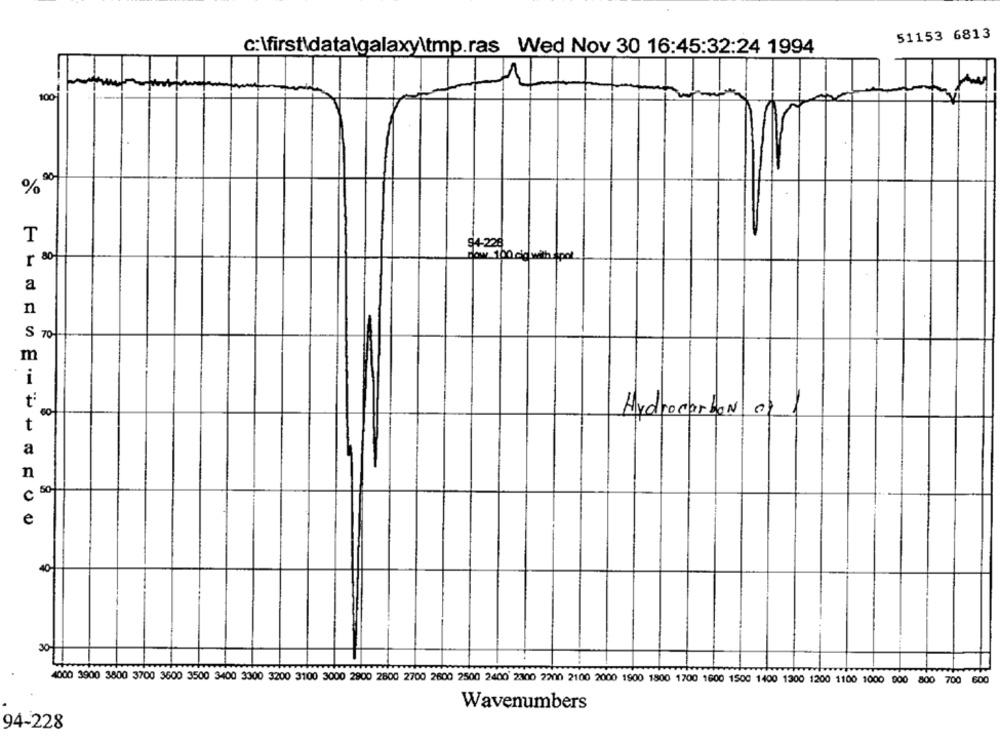
51153 6813
c:\first data\galaxy\tmp.ras Wed Nov 30 16:45:32:24 1994
100
%
T
94-226
r 80-
dow 100 cid with Apol
a
n
S 70-
m
i
ť
Hydrocarbon
t
a
n
C 50
e
40
30
4000 3900 3800 3700 3600 3500 3400 3300 3200 3100 3000 2800 2800 2700 2600 2500 2400 2300 2200 2100 2000 1900 1800 1700 1600 1500 1400 1300 1200 1100 1000 000 800 700 600
Wavenumbers
94-228